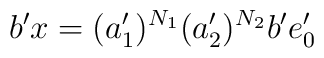
b'x = (a_1')^{N_1}(a_2')^{N_2}b'e_0'